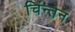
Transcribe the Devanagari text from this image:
चिंन्तन